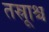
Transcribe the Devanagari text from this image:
तस्रूाश्च